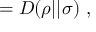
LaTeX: = D ( \rho | | \sigma ) ~ ,